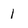
Character: 1